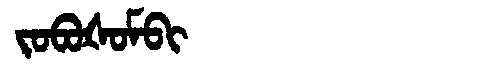
Manchu: ᠵᠣᠪᠣᡧᠣᠮᠪᡳ
Romanization: JOBOŠOMBI